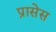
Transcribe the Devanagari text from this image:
प्रासेस